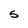
Character: S